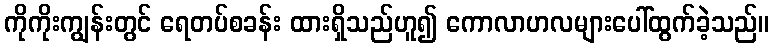
ကိုကိုးကျွန်းတွင် ရေတပ်စခန်း ထားရှိသည်ဟူ၍ ကောလာဟလများပေါ်ထွက်ခဲ့သည်။